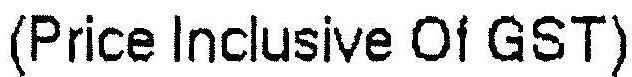
(PRICE INCLUSIVE OF GST)